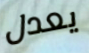
يعدل